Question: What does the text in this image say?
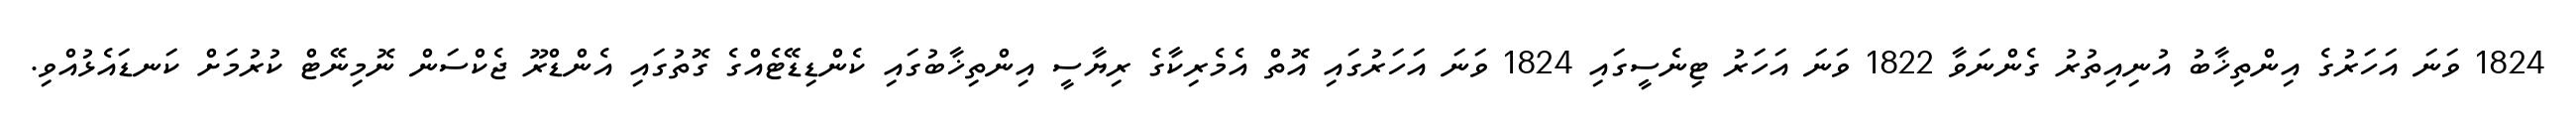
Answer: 1824 ވަނަ އަހަރުގެ އިންތިޚާބު އުނިއިތުރު ގެންނަވާ 1822 ވަނަ އަހަރު ޓިނެސީގައި 1824 ވަނަ އަހަރުގައި އޮތް އެމެރިކާގެ ރިޔާސީ އިންތިޚާބުގައި ކެންޑިޑޭޓެއްގެ ގޮތުގައި އެންޑްރޫ ޖެކްސަން ނޮމިނޭޓް ކުރުމަށް ކަނޑައެޅުއްވި.